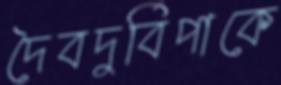
দৈবদুর্বিপাকে